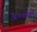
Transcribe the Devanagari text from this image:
कैन्डोम्बे